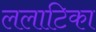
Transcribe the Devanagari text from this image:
ललाटिका